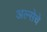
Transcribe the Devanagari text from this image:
अल्सेचे